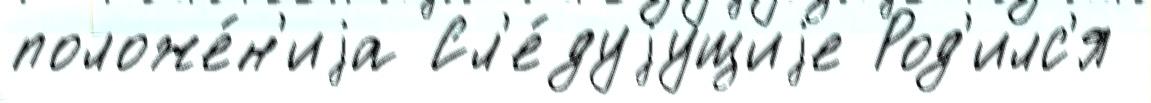
положе́н'иjа Сл'е́дуjущиjе Род'илс'я